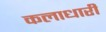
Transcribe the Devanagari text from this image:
कलाधारी